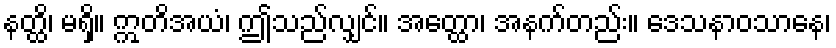
နတ္ထိ၊ မရှိ။ ဣတိအယံ၊ ဤသည်လျှင်။ အတ္ထော၊ အနက်တည်း။ ဒေသနာဝသာနေ၊